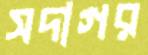
সদাগর